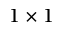
1 \times 1